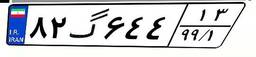
۸۲گ۶۴۴۱۳